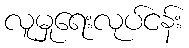
လူမှုရေးလုပ်ငန်း